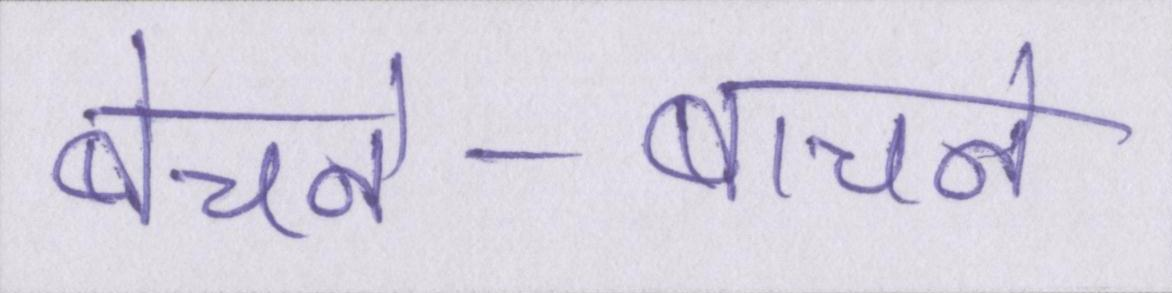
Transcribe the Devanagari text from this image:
बेचने-बाचने